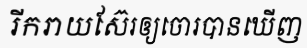
រីករាយស៊ែរឲ្យចោរបានឃើញ